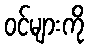
ဝင်များကို